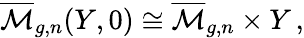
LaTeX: \overline{{{\mathcal{M}}}}_{g,n}(Y,0)\cong\overline{{{\mathcal{M}}}}_{g,n}\times Y\, ,